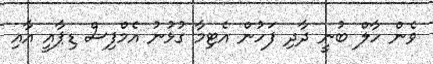
ވެން ހާލް ބުނީ ދާދި ފަހުން އެޓިމާ ގުޅުނު އެމްފިސް ޑިޕާއީ އާއި